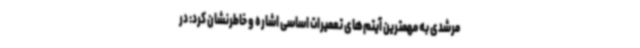
مرشدی به مهمترین آیتم‌های تعمیرات ‌اساسی اشاره و خاطرنشان کرد: در